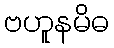
ဗဟူနမိဓ